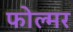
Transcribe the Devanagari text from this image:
फोल्मर